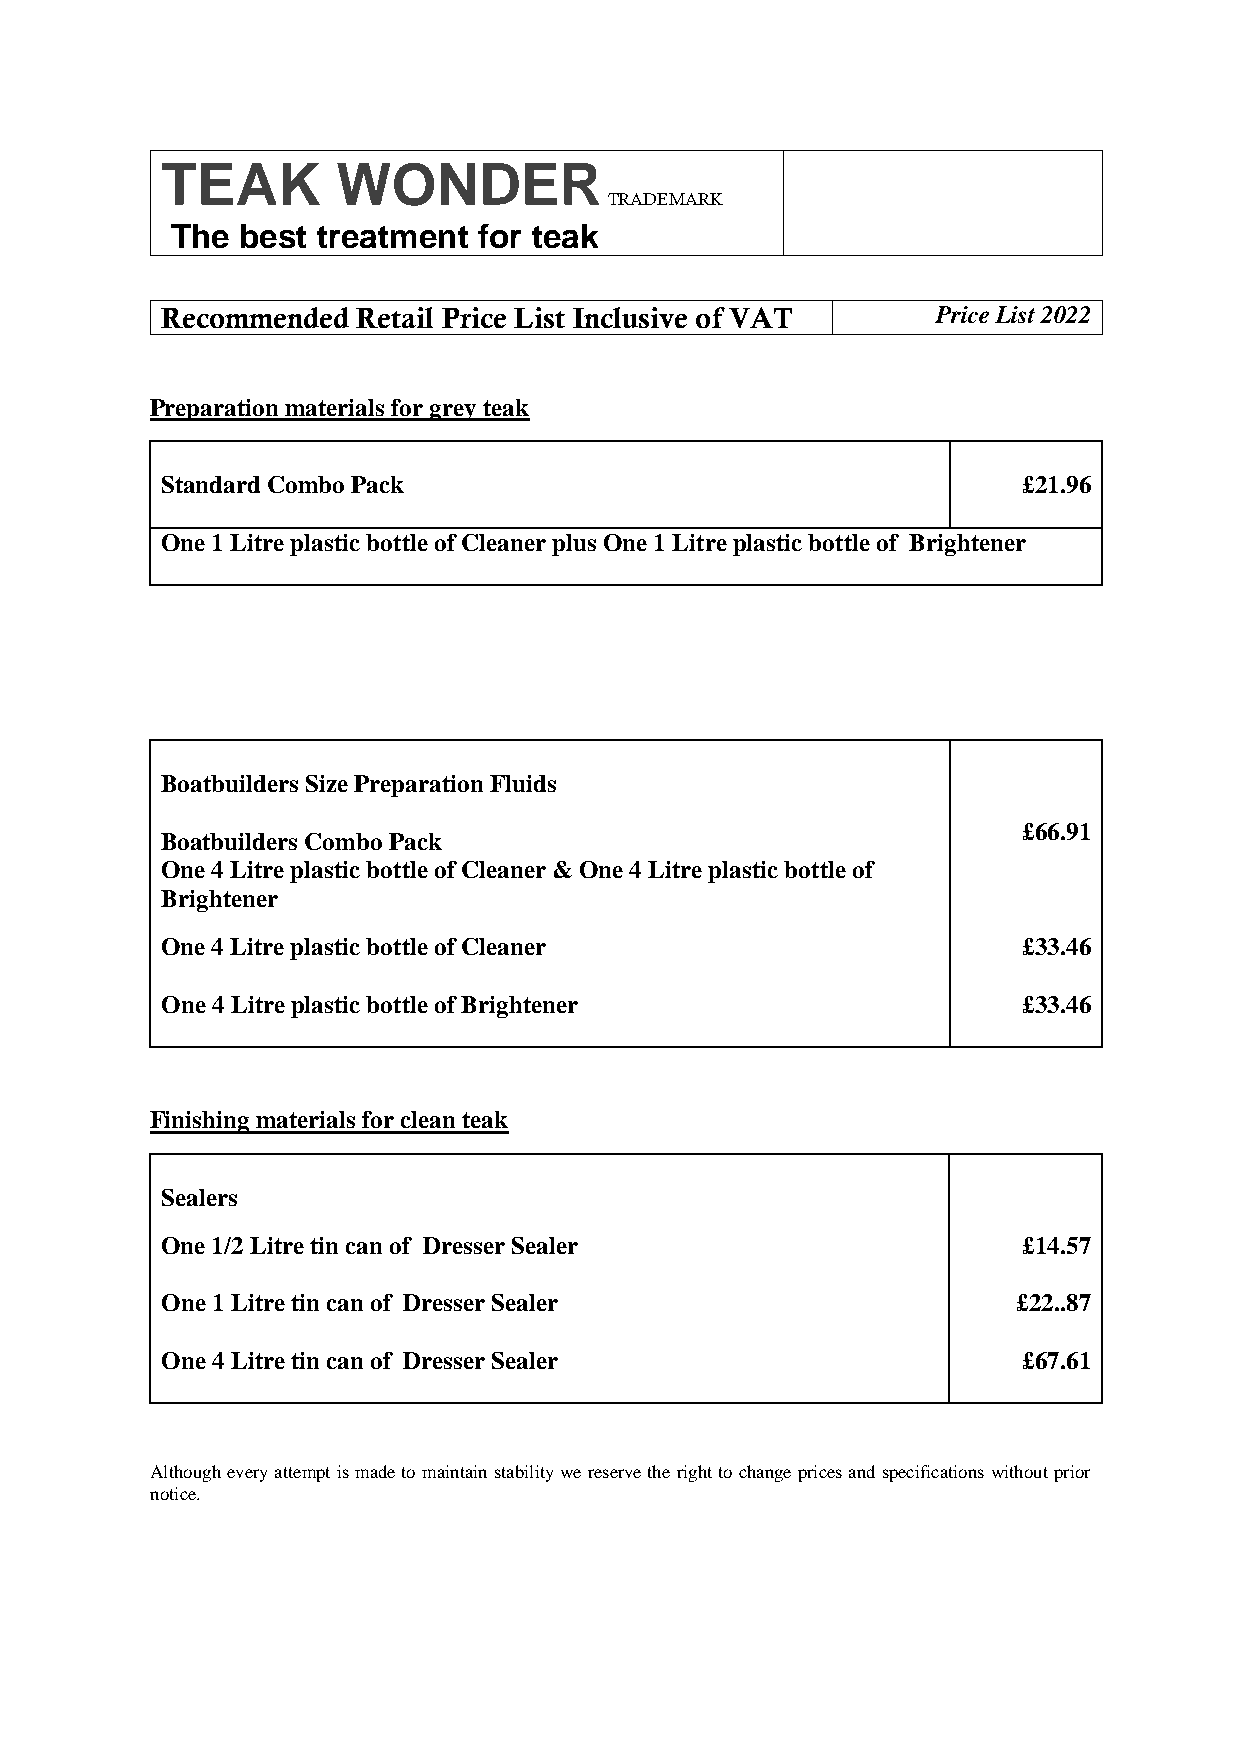
TEAK       WONDER
 TRADEMARK
 The  best treatment  for teak
 Recommended  Retail Price List Inclusive of VAT    Price List 2022
 Preparation materials for grey teak
 Standard Combo Pack                                      £21.96
 One 1 Litre plastic bottle of Cleaner plus One 1 Litre plastic bottle of Brightener
 Boatbuilders Size Preparation Fluids
 £66.91
 Boatbuilders Combo Pack
 One 4 Litre plastic bottle of Cleaner & One 4 Litre plastic bottle of
 Brightener
 One 4 Litre plastic bottle of Cleaner                    £33.46
 One 4 Litre plastic bottle of Brightener                 £33.46
 Finishing materials for clean teak
 Sealers
 One 1/2 Litre tin can of Dresser Sealer                  £14.57
 One 1 Litre tin can of Dresser Sealer                   £22..87
 One 4 Litre tin can of Dresser Sealer                    £67.61
 Although every attempt is made to maintain stability we reserve the right to change prices and specifications without prior
 notice.